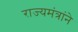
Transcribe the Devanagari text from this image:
राज्यमंत्रांने